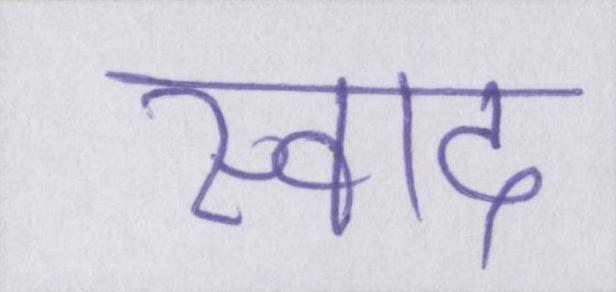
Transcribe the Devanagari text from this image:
स्वाद